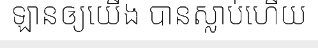
ឡានឲ្យយើង បានស្លាប់ហើយ